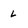
Character: l